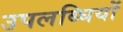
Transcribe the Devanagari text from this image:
उपलब्घियों